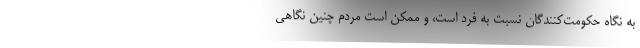
به نگاه حکومت‌کنندگان نسبت به فرد است، و ممکن است مردم چنین نگاهی